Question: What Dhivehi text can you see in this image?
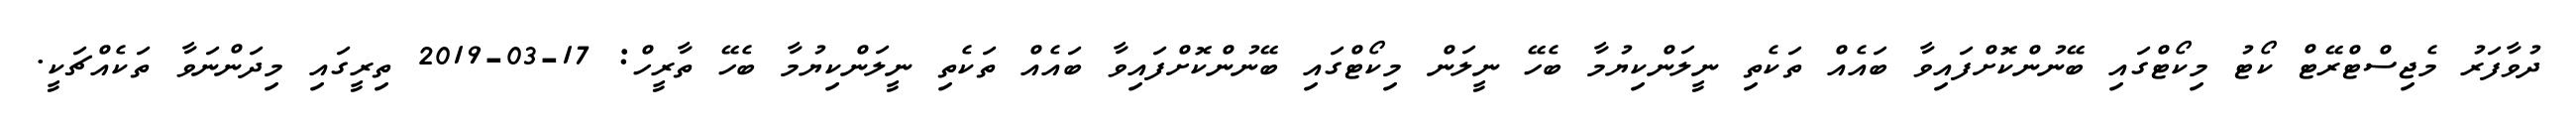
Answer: ދުވާފަރު މެޖިސްޓްރޭޓް ކޯޓު މިކޯޓްގައި ބޭނުންކޮށްފައިވާ ބައެއް ތަކެތި ނީލަންކިޔުމާ ބެހޭ ނީލަން މިކޯޓްގައި ބޭނުންކޮށްފައިވާ ބައެއް ތަކެތި ނީލަންކިޔުމާ ބެހޭ ތާރީހް: 17-03-2019 ތިރީގައި މިދަންނަވާ ތަކެއްޗަކީ.